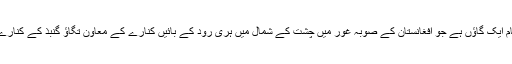
[4][5] جام ایک گاؤں ہے جو افغانستان کے صوبہ غور میں چشت کے شمال میں ہری رُود کے بائیں کنارے کے معاون تگاؤ گنبذ کے کنارے آباد ہے۔